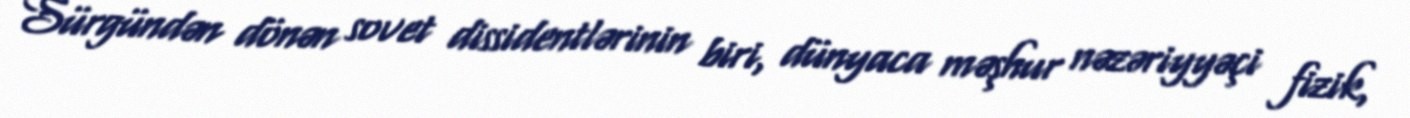
Sürgündən dönən sovet dissidentlərinin biri, dünyaca məşhur nəzəriyyəçi fizik,